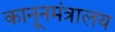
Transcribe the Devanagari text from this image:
कानूनमंत्रालय